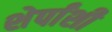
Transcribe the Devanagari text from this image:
शेर्पांशी